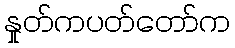
နှုတ်ကပတ်တော်က